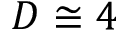
D \cong 4